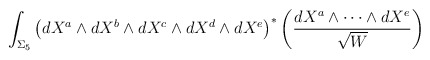
\begin{align*}\int_{\Sigma_5}\left(dX^a\wedge{d}X^b\wedge{d}X^c\wedge{d}X^d\wedge{d}X^e\right)^\ast\left(\frac{dX^a\wedge\cdots\wedge{d}X^e}{\sqrt{W}}\right)\end{align*}